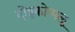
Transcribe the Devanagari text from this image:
दोड्डकोप्पलू